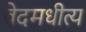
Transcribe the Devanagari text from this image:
वेदमधीत्य